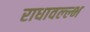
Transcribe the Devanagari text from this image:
राधावल्ल्भ